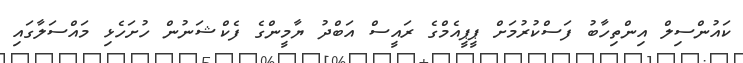
ކައުންސިލް އިންތިހާބުު ފަސްކުރުމަށް ޕީޕީއެމްގެ ރައީސް އަބްދު ޔާމީންގެ ފެކްޝަނުން ހުށަހެޅި މައްސަލާގައި